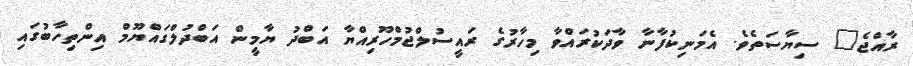
ރާއްޖެ" ސިޔާސަތެވެ. އެމަނިކުފާނާ ވާދަކުރައްވާ މިހާރުގެ ރައީސުލްޖުމްހޫރިއްޔާ އަބްދު ޔާމީން އަބްދުލްގައްޔޫމް އިންތިހާބުގައި